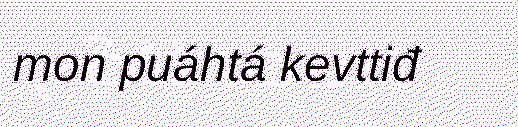
mon puáhtá kevttiđ